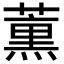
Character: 𮑜